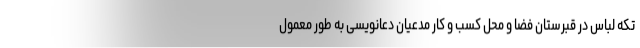
تکه لباس در قبرستان فضا و محل کسب و کار مدعیان دعانویسی به طور معمول